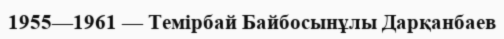
1955—1961 — Темірбай Байбосынұлы Дарқанбаев